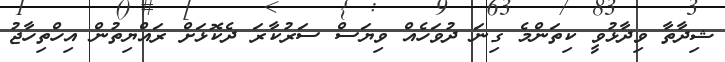
ޝިދާތާ ވިދާޅުވީ ކިތަންމެ ގިނަ ދުވަހެއް ވިޔަސް ސަރުކާރަ ދެކޮޅަށް ރައްޔިތުން އިހްތިހާޖު